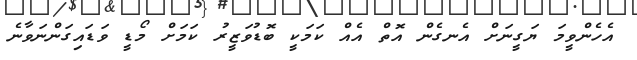
އެހެންވީމަ ޔަގީނަށް އެނގެން އޮތް އެއް ކަމަކީ ބޮޑުވަޒީރު ކަމަށް މޯޑީ ވަޑައިގަންނަވާނެ